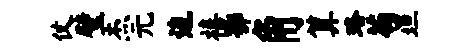
仗璧杰元边禧鄂角算珞苟坦